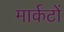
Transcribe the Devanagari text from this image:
मार्कटों